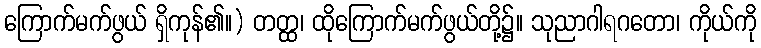
ကြောက်မက်ဖွယ် ရှိကုန်၏။) တတ္ထ၊ ထိုကြောက်မက်ဖွယ်တို့၌။ သုညာဂါရဂတော၊ ကိုယ်ကို